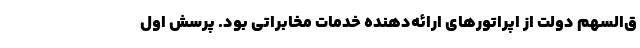
ق‌السهم دولت از اپراتورهای ارائه‌دهنده خدمات مخابراتی بود. پرسش اول